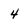
Character: 4